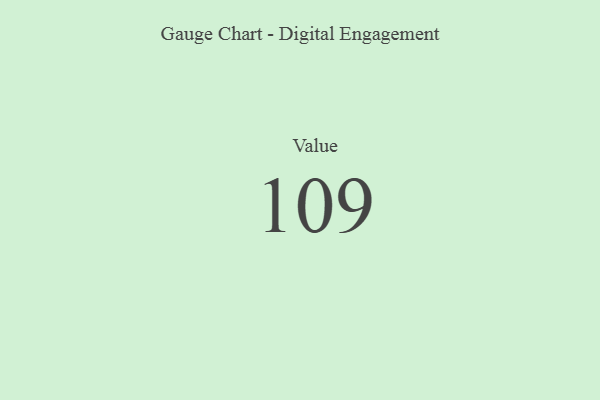
{"axis": {"x": "Metric", "y": "Value"}, "legend": [""], "data": [{"x": "Value", "y": 109, "type": ""}]}